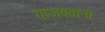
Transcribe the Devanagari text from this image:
गाजवताना